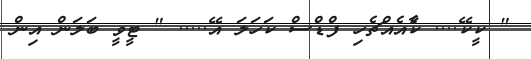
" ކީކޭ.... ކާެެއެއްޗެހި ފްޑްސް ކަހަލަ އޭ..... " ޓީވީ ބަލަން އިން